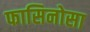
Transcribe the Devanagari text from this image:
फासिनोसा